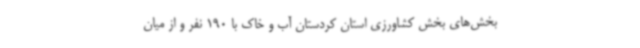
بخش‌های بخش‌ کشاورزی استان کردستان آب و خاک با 190 نفر و از میان